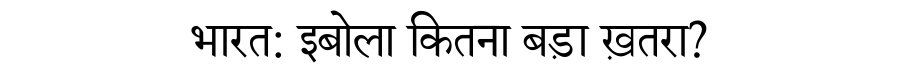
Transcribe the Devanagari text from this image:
भारत: इबोला कितना बड़ा ख़तरा?